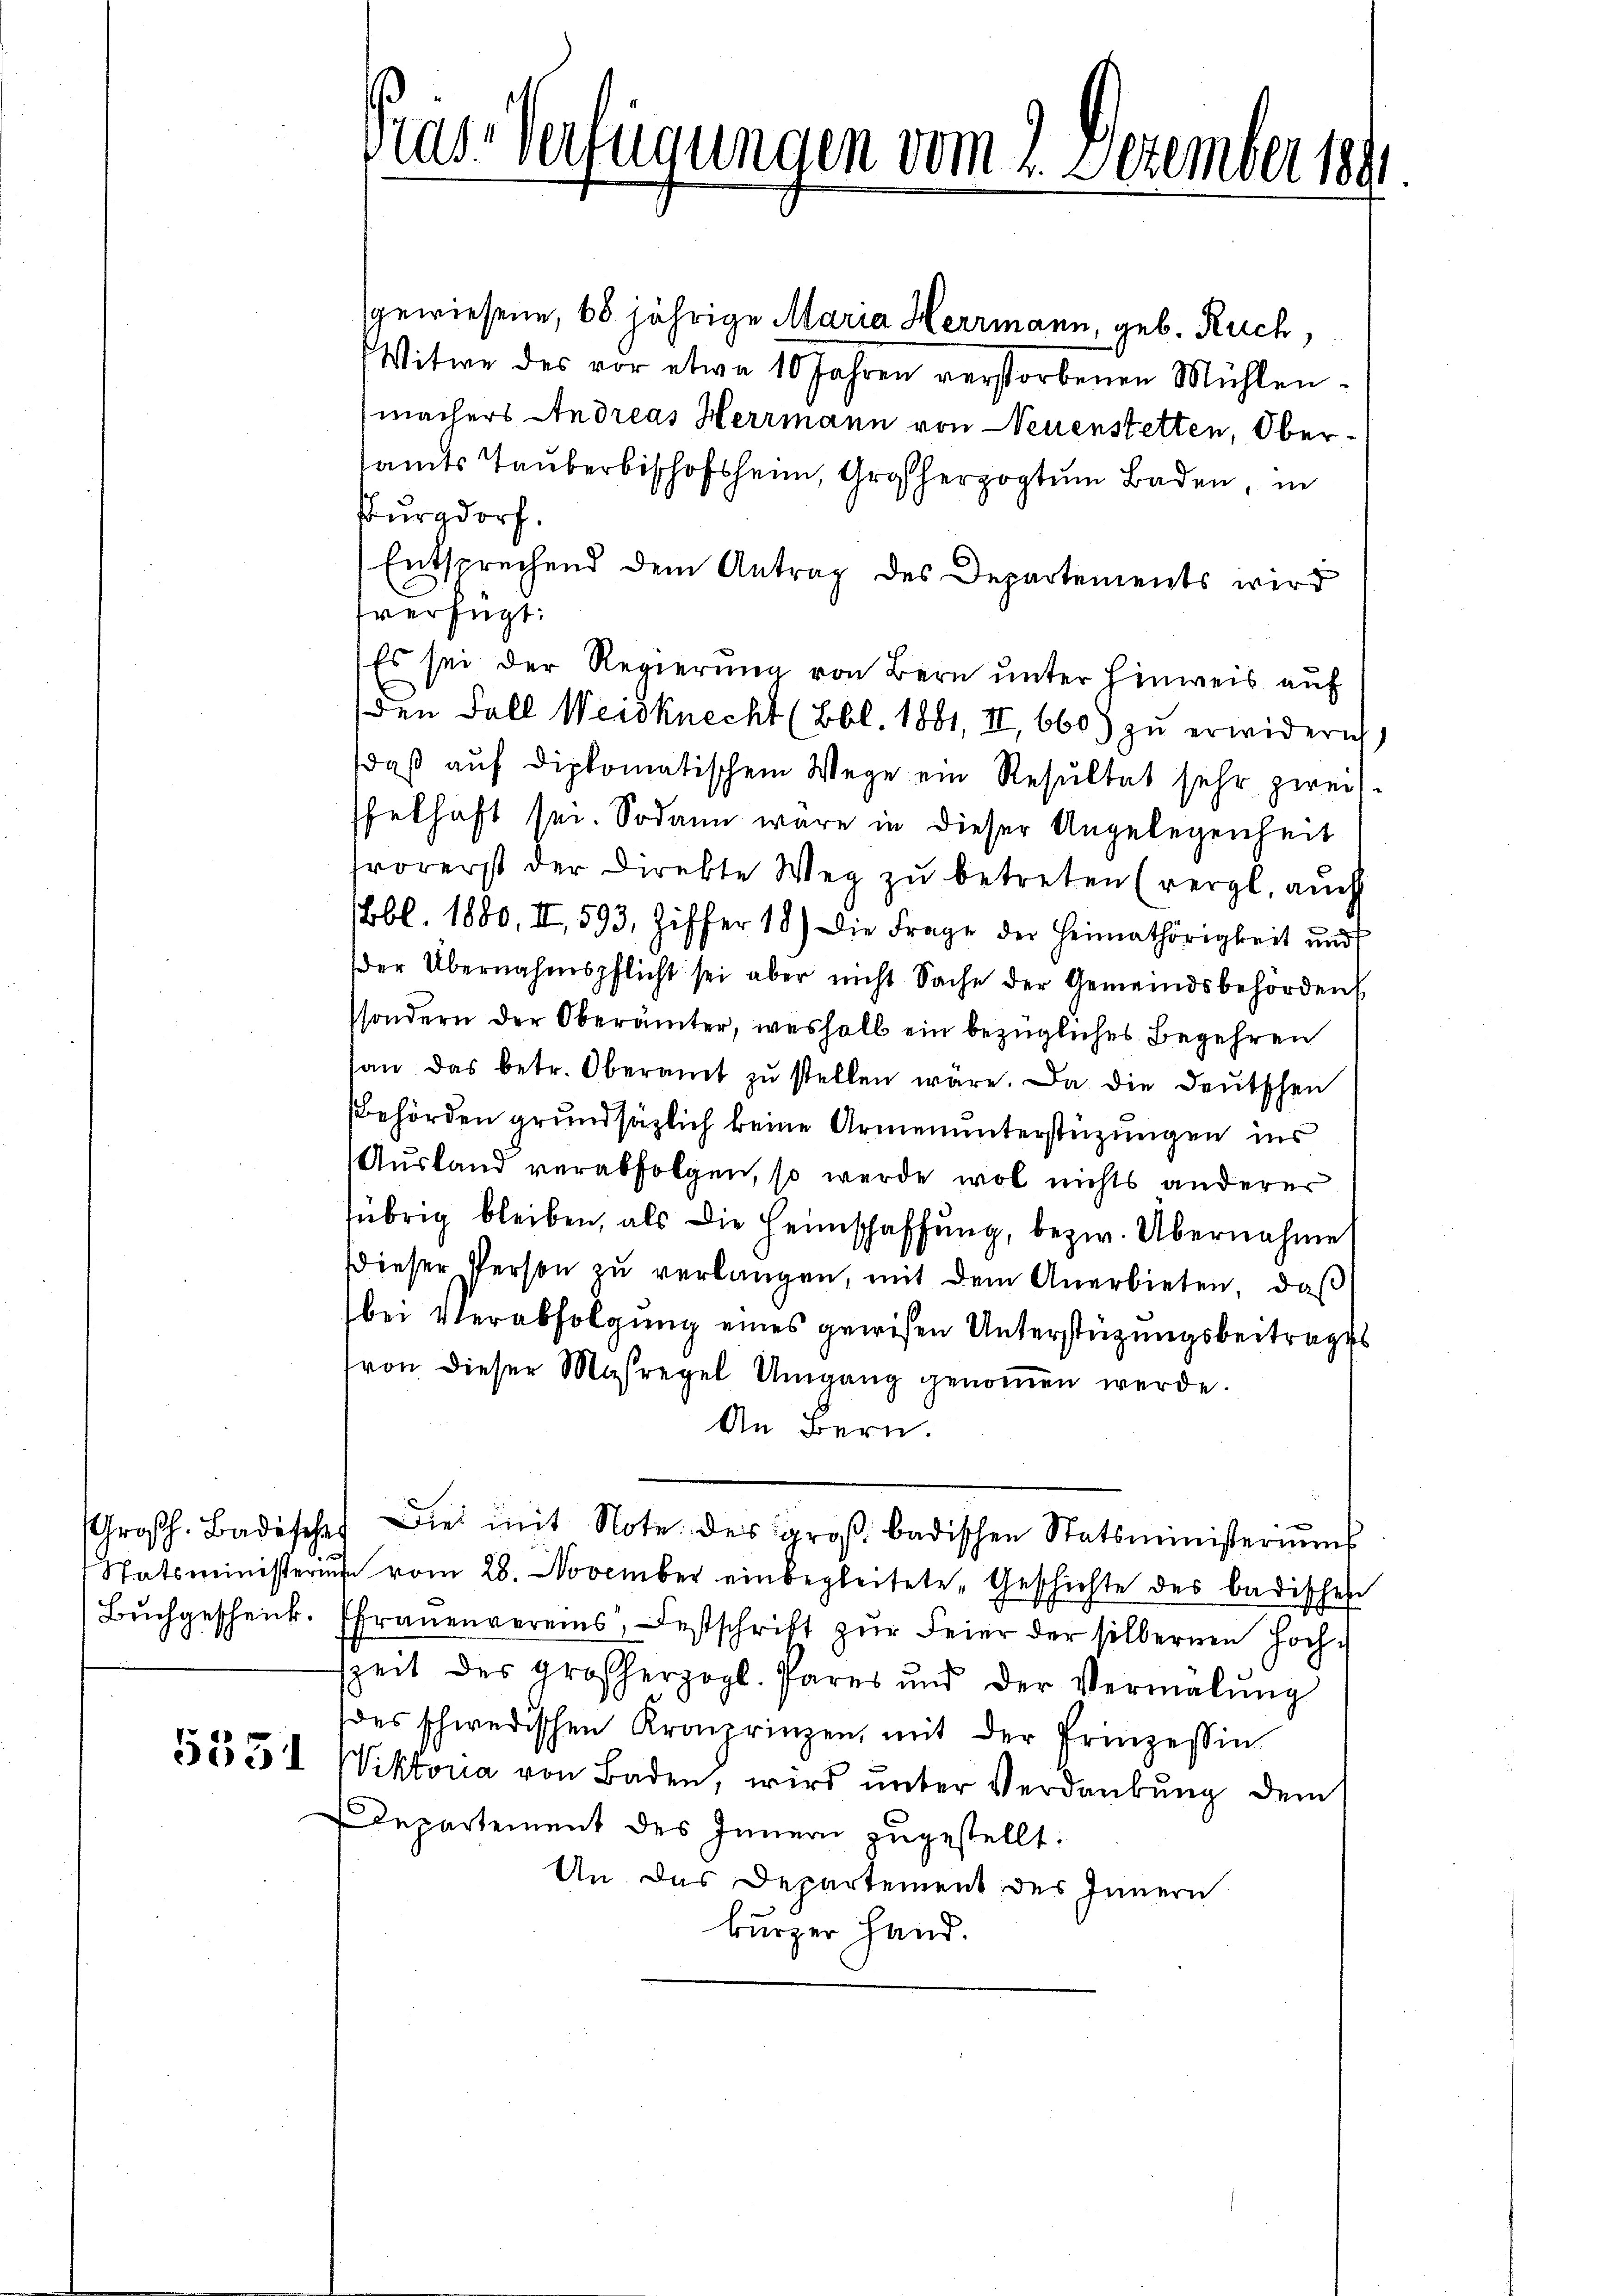
sgewiesene, 68 jährige Maria Herrmann, geb. Ruch,
Witwe des vor etwa 10 Jahren verstorbenen Mühlenmachers Andreas Herrmann von Neuenstetten, Obersamts Tauberischofsheim, Großherzogtum Baden, in
Burgdorf.
Entsprechend dem Antrag des Departements wird
verfügt:
Es sei der Regierung von Bern unter Hinweis auf
den Fall Weidknecht (Bbl. 1881, II, 660 zu erwideri
daβ aŭf diplomatischem Wege ein Resultat sehr zweif
ffelhaft sei. Sodann wäre in dieser Angelegenheit
frorerst der Direkte Weg zŭ betreten (vergl. aŭch
bl. 1880, II, 593, Ziffer 18) Die Frage der Heimathörigkeit und
der Übernahmspflicht sei aber nicht Sache der Gemeindsbehörden
ssondern der Oberämter, weshalb ein bezügliches Begehren
an das betr. Oberamt zŭ stellen wäre. Da die deŭtschen
Behörden grundsätzlich keine Armenunterstüzungen ins
Ausland verabfolgen, so werde wol nichts anderer
übrig bleiben, als die Heimschaffung, bezw. Übernahme
dieser Person zŭ verlangen, mit dem Anerbieten, daβ
bei Verabfolgung eines gewesen Unterstüzungsbeitrages
von dieser Masregel Umgang genoṁen werde.
An Bern.
Großh. Badischef die mit Note des groβ badischen Statsministeriums
Statsministerius vom 28. November einbegleitete Geschichte des badischen
Buchgescheick. (Frauenvereins, Festschrift zur Feier der silbernen Hochzeit des großherzogl. Pares und der Vermalŭng
des schwedischen Kronprinzen, mit der Prinzessin
5551 Viktoria von Baden, wird ŭnter Verdankŭng dem
Departement des Innern zugestellt.
An das Departement des Innern
bürger Hand.

Pas-Verfügungen vom 2. Dezember 1891